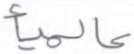
عالميأ